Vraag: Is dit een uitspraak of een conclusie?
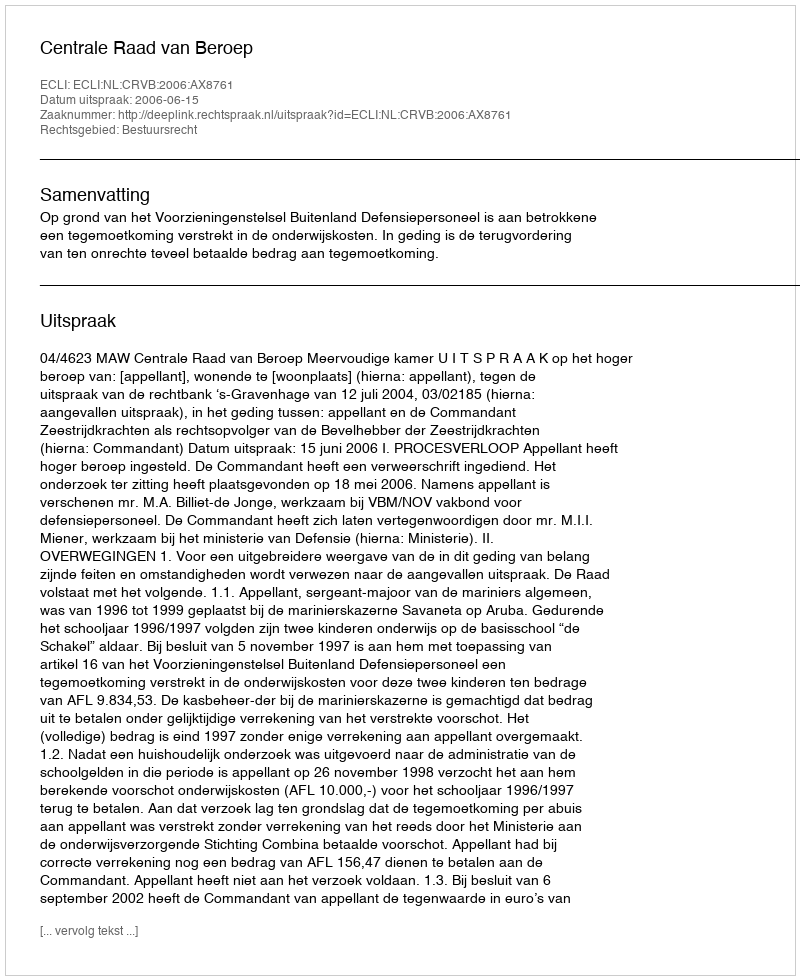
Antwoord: Uitspraak